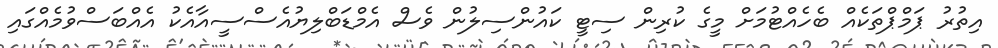
އިތުރު ޕަމްޕްތަކެއް ބެހެއްޓުމަށް މީގެ ކުރިން ސިޓީ ކައުންސިލުން ވެސް އެމްޑަބްލިޔުއެސްސީއާއެކު އެއްބަސްވުމެއްގައި